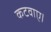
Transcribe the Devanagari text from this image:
कटवाए।